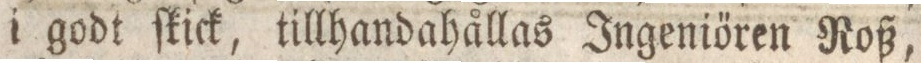
i godt ſkick, tillhandahållas Ingeniőren Roß,